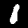
Label: 1